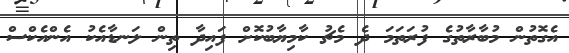
އެގޮތުން މުބާރާތުގެ ފުރަތަމަ ދެ މެޗު ކާމިޔާބުކޮށް ފައިދާ ތިން ލަނޑާއެކު އެންއެކްސް